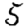
Digit: 5